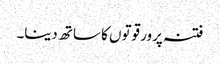
فتنہ پرور قوتوں کا ساتھ دینا۔